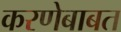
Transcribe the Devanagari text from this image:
करणेबाबत